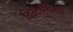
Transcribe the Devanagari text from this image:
विन्देलिसाए